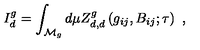
I _ { d } ^ { g } = \int _ { { \cal { M } } _ { g } } d \mu Z _ { d , d } ^ { g } \left( g _ { i j } , B _ { i j } ; \tau \right) \ ,